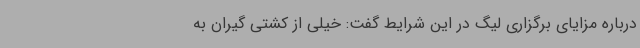
درباره مزایای برگزاری لیگ در این شرایط گفت: خیلی از کشتی گیران به